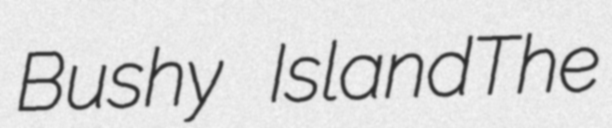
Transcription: Bushy IslandThe